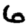
Digit: 6